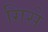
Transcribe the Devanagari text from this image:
गिसे